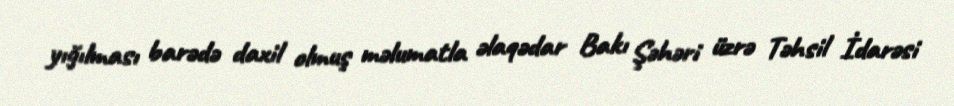
yığılması barədə daxil olmuş məlumatla əlaqədar Bakı Şəhəri üzrə Təhsil İdarəsi